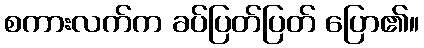
စကားလက်က ခပ်ပြတ်ပြတ် ပြော၏။